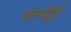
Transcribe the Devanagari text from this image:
पल्मेट्टो